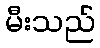
မီးသည်